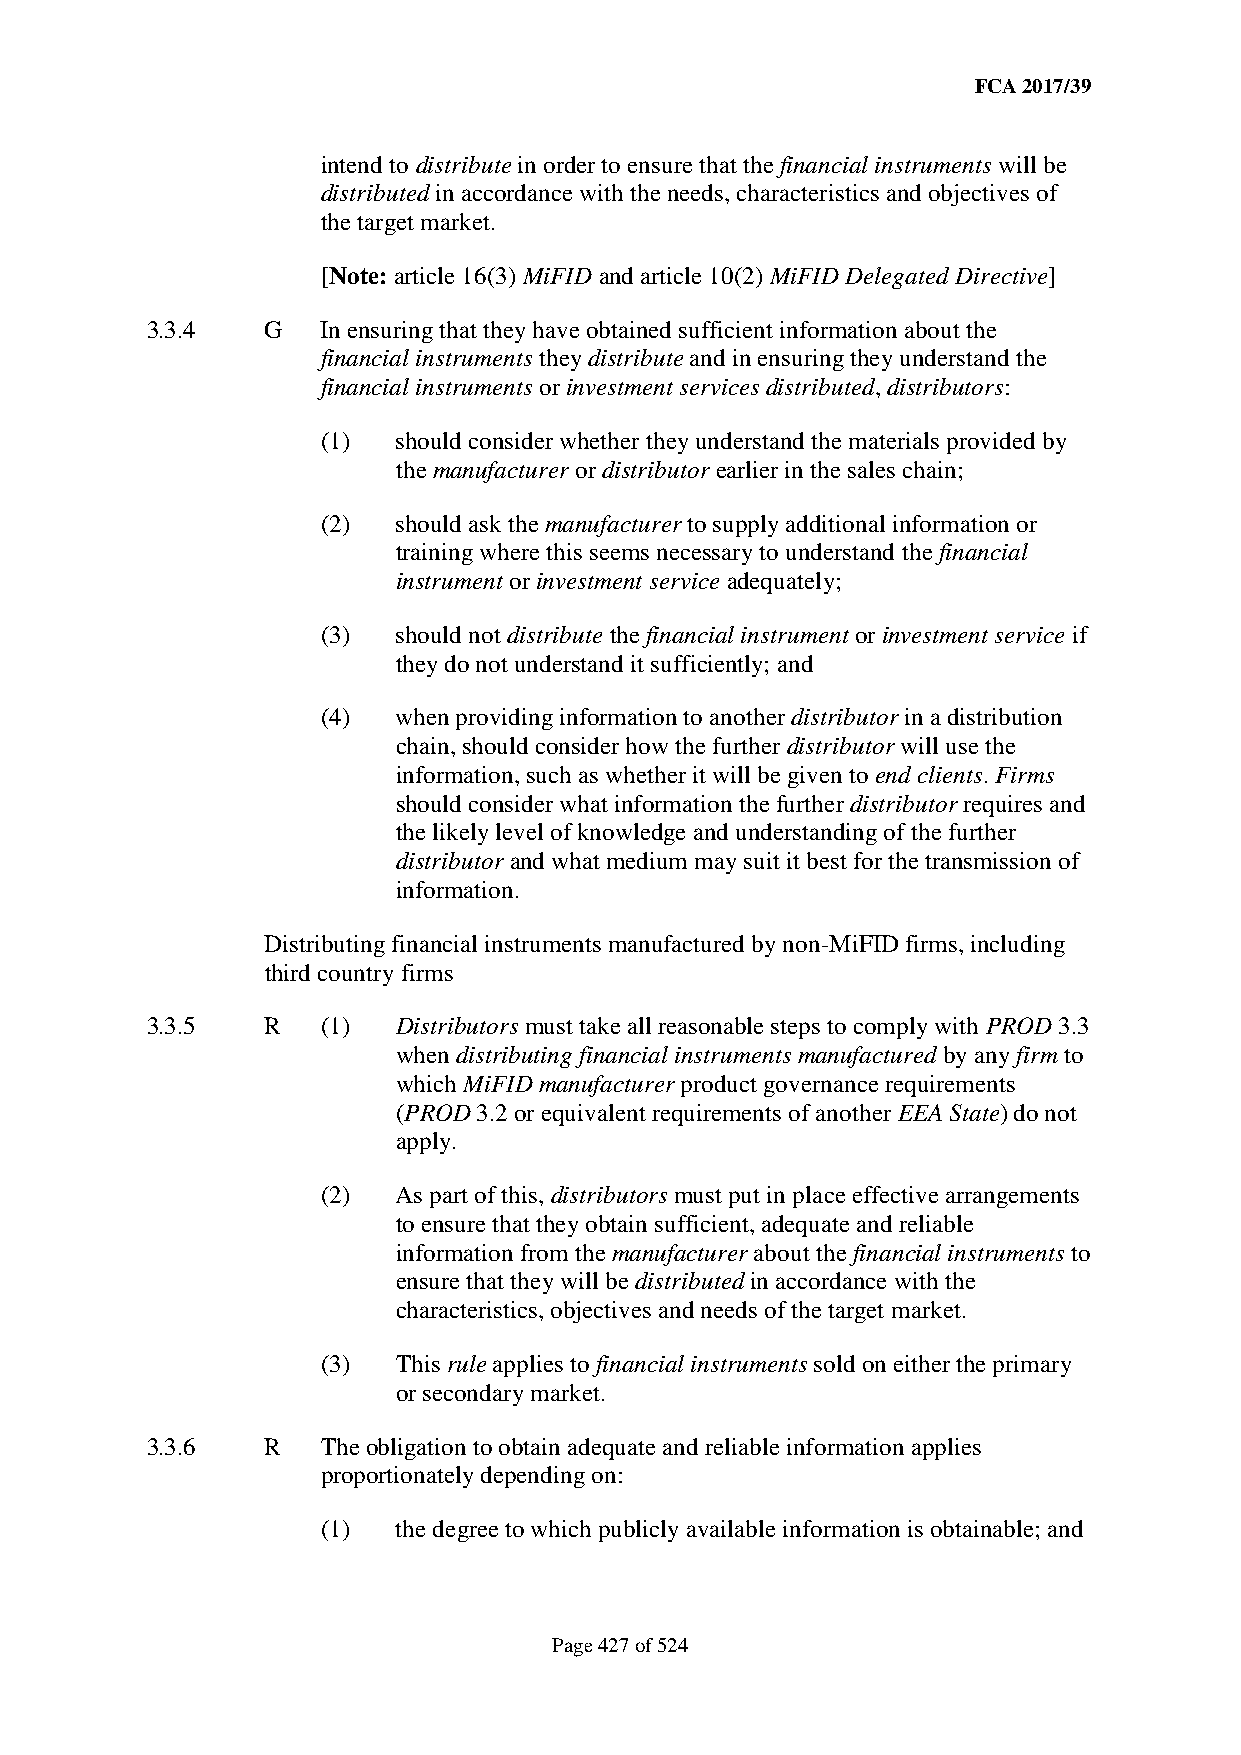
FCA 2017/39
 intend to distribute in order to ensure that the financial instruments will be
 distributed in accordance with the needs, characteristics and objectives of
 the target market.
 [Note: article 16(3) MiFID and article 10(2) MiFID Delegated Directive]
 3.3.4   G  In ensuring that they have obtained sufficient information about the
 financial instruments they distribute and in ensuring they understand the
 financial instruments or investment services distributed, distributors:
 (1)  should consider whether they understand the materials provided by
 the manufacturer or distributor earlier in the sales chain;
 (2)  should ask the manufacturer to supply additional information or
 training where this seems necessary to understand the financial
 instrument or investment service adequately;
 (3)  should not distribute the financial instrument or investment service if
 they do not understand it sufficiently; and
 (4)  when providing information to another distributor in a distribution
 chain, should consider how the further distributor will use the
 information, such as whether it will be given to end clients. Firms
 should consider what information the further distributor requires and
 the likely level of knowledge and understanding of the further
 distributor and what medium may suit it best for the transmission of
 information.
 Distributing financial instruments manufactured by non-MiFID firms, including
 third country firms
 3.3.5   R  (1)  Distributors must take all reasonable steps to comply with PROD 3.3
 when distributing financial instruments manufactured by any firm to
 which MiFID manufacturer product governance requirements
 (PROD 3.2 or equivalent requirements of another EEA State) do not
 apply.
 (2)  As part of this, distributors must put in place effective arrangements
 to ensure that they obtain sufficient, adequate and reliable
 information from the manufacturer about the financial instruments to
 ensure that they will be distributed in accordance with the
 characteristics, objectives and needs of the target market.
 (3)  This rule applies to financial instruments sold on either the primary
 or secondary market.
 3.3.6   R  The obligation to obtain adequate and reliable information applies
 proportionately depending on:
 (1)  the degree to which publicly available information is obtainable; and
 Page 427 of 524